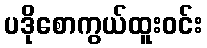
ပဒိုစောကွယ်ထူးဝင်း